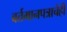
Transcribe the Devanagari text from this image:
वर्तमानपत्राचेही